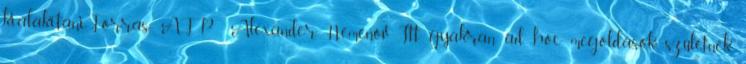
kialakítaniForrás: AFP Alexander Nemenov Itt gyakran ad hoc megoldások születnek,